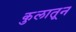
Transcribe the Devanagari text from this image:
कुलातून